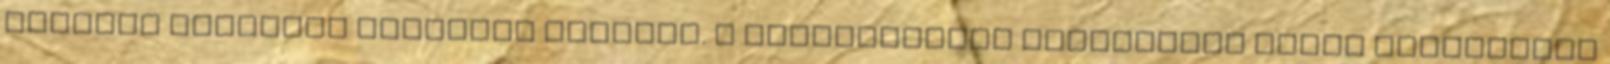
óceánok megannyi rejtélyt őriznek. A paranormális jelenségek iránt érdeklődők